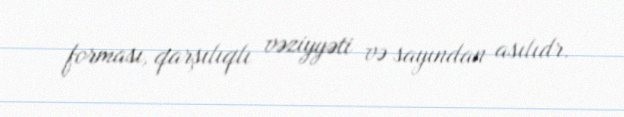
forması, qarşılıqlı vəziyyəti və sayından asılıdr.